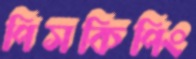
পিসকিপিং